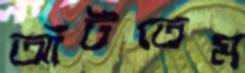
আঁটতেম